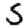
Digit: 5